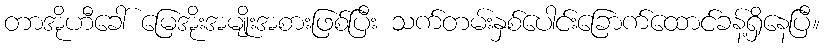
တာအိုဟီခေါ် မြေအိုးအမျိုးအစားဖြစ်ပြီး သက်တမ်းနှစ်ပေါင်းခြောက်ထောင်ခန့်ရှိနေပြီ။